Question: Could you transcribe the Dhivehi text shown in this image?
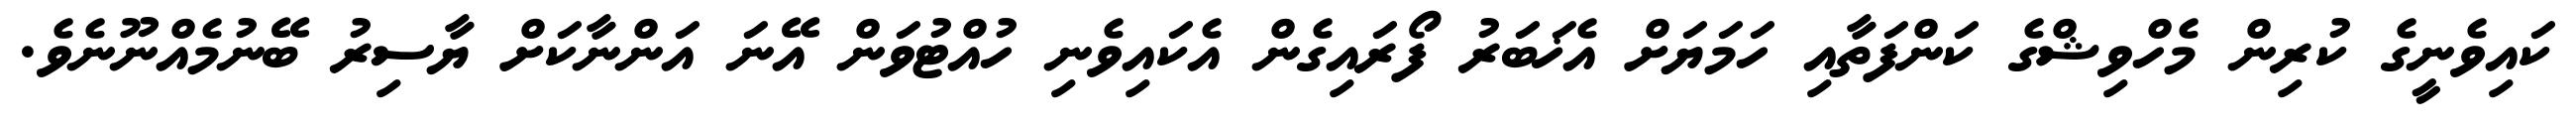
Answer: ކައިވެނީގެ ކުރިން މެހްވިޝްގެ ކަންފަތާއި ހަމަޔަށް އެޚަބަރު ފޯރައިގެން އެކައިވެނި ހުއްޓުވަން އޭނަ އަންނާކަށް ޔާސިރު ބޭނުމެއްނޫނެވެ.